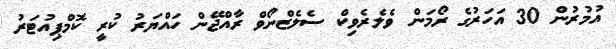
އުމުރުން 30 އަހަރުގެ ރޯމަން ވެލެރެވިކް ސެލެޒްނޯވް ރާއްޖޭން ހައްޔަރު ކުރީ ކޮމްޕިއުޓަރު